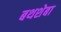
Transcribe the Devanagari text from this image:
बथशेबा